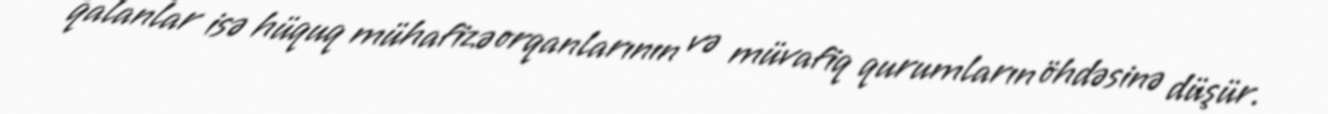
qalanlar isə hüquq mühafizə orqanlarının və müvafiq qurumların öhdəsinə düşür.